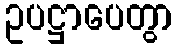
ဥပဋ္ဌာပေတွာ